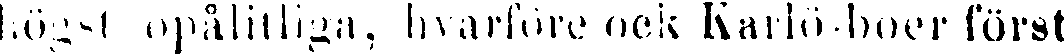
högst opålitliga, hvårföre ock Karlö-boer först